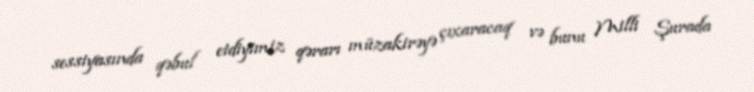
sessiyasında qəbul etdiyimiz qərarı müzakirəyə çıxaracaq və bunu Milli Şurada